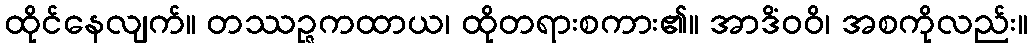
ထိုင်နေလျက်။ တဿဉ္ဇကထာယ၊ ထိုတရားစကား၏။ အာဒိံဝဝိ၊ အစကိုလည်း။